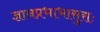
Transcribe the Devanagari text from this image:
ज्ञानप्रभाभासुराः